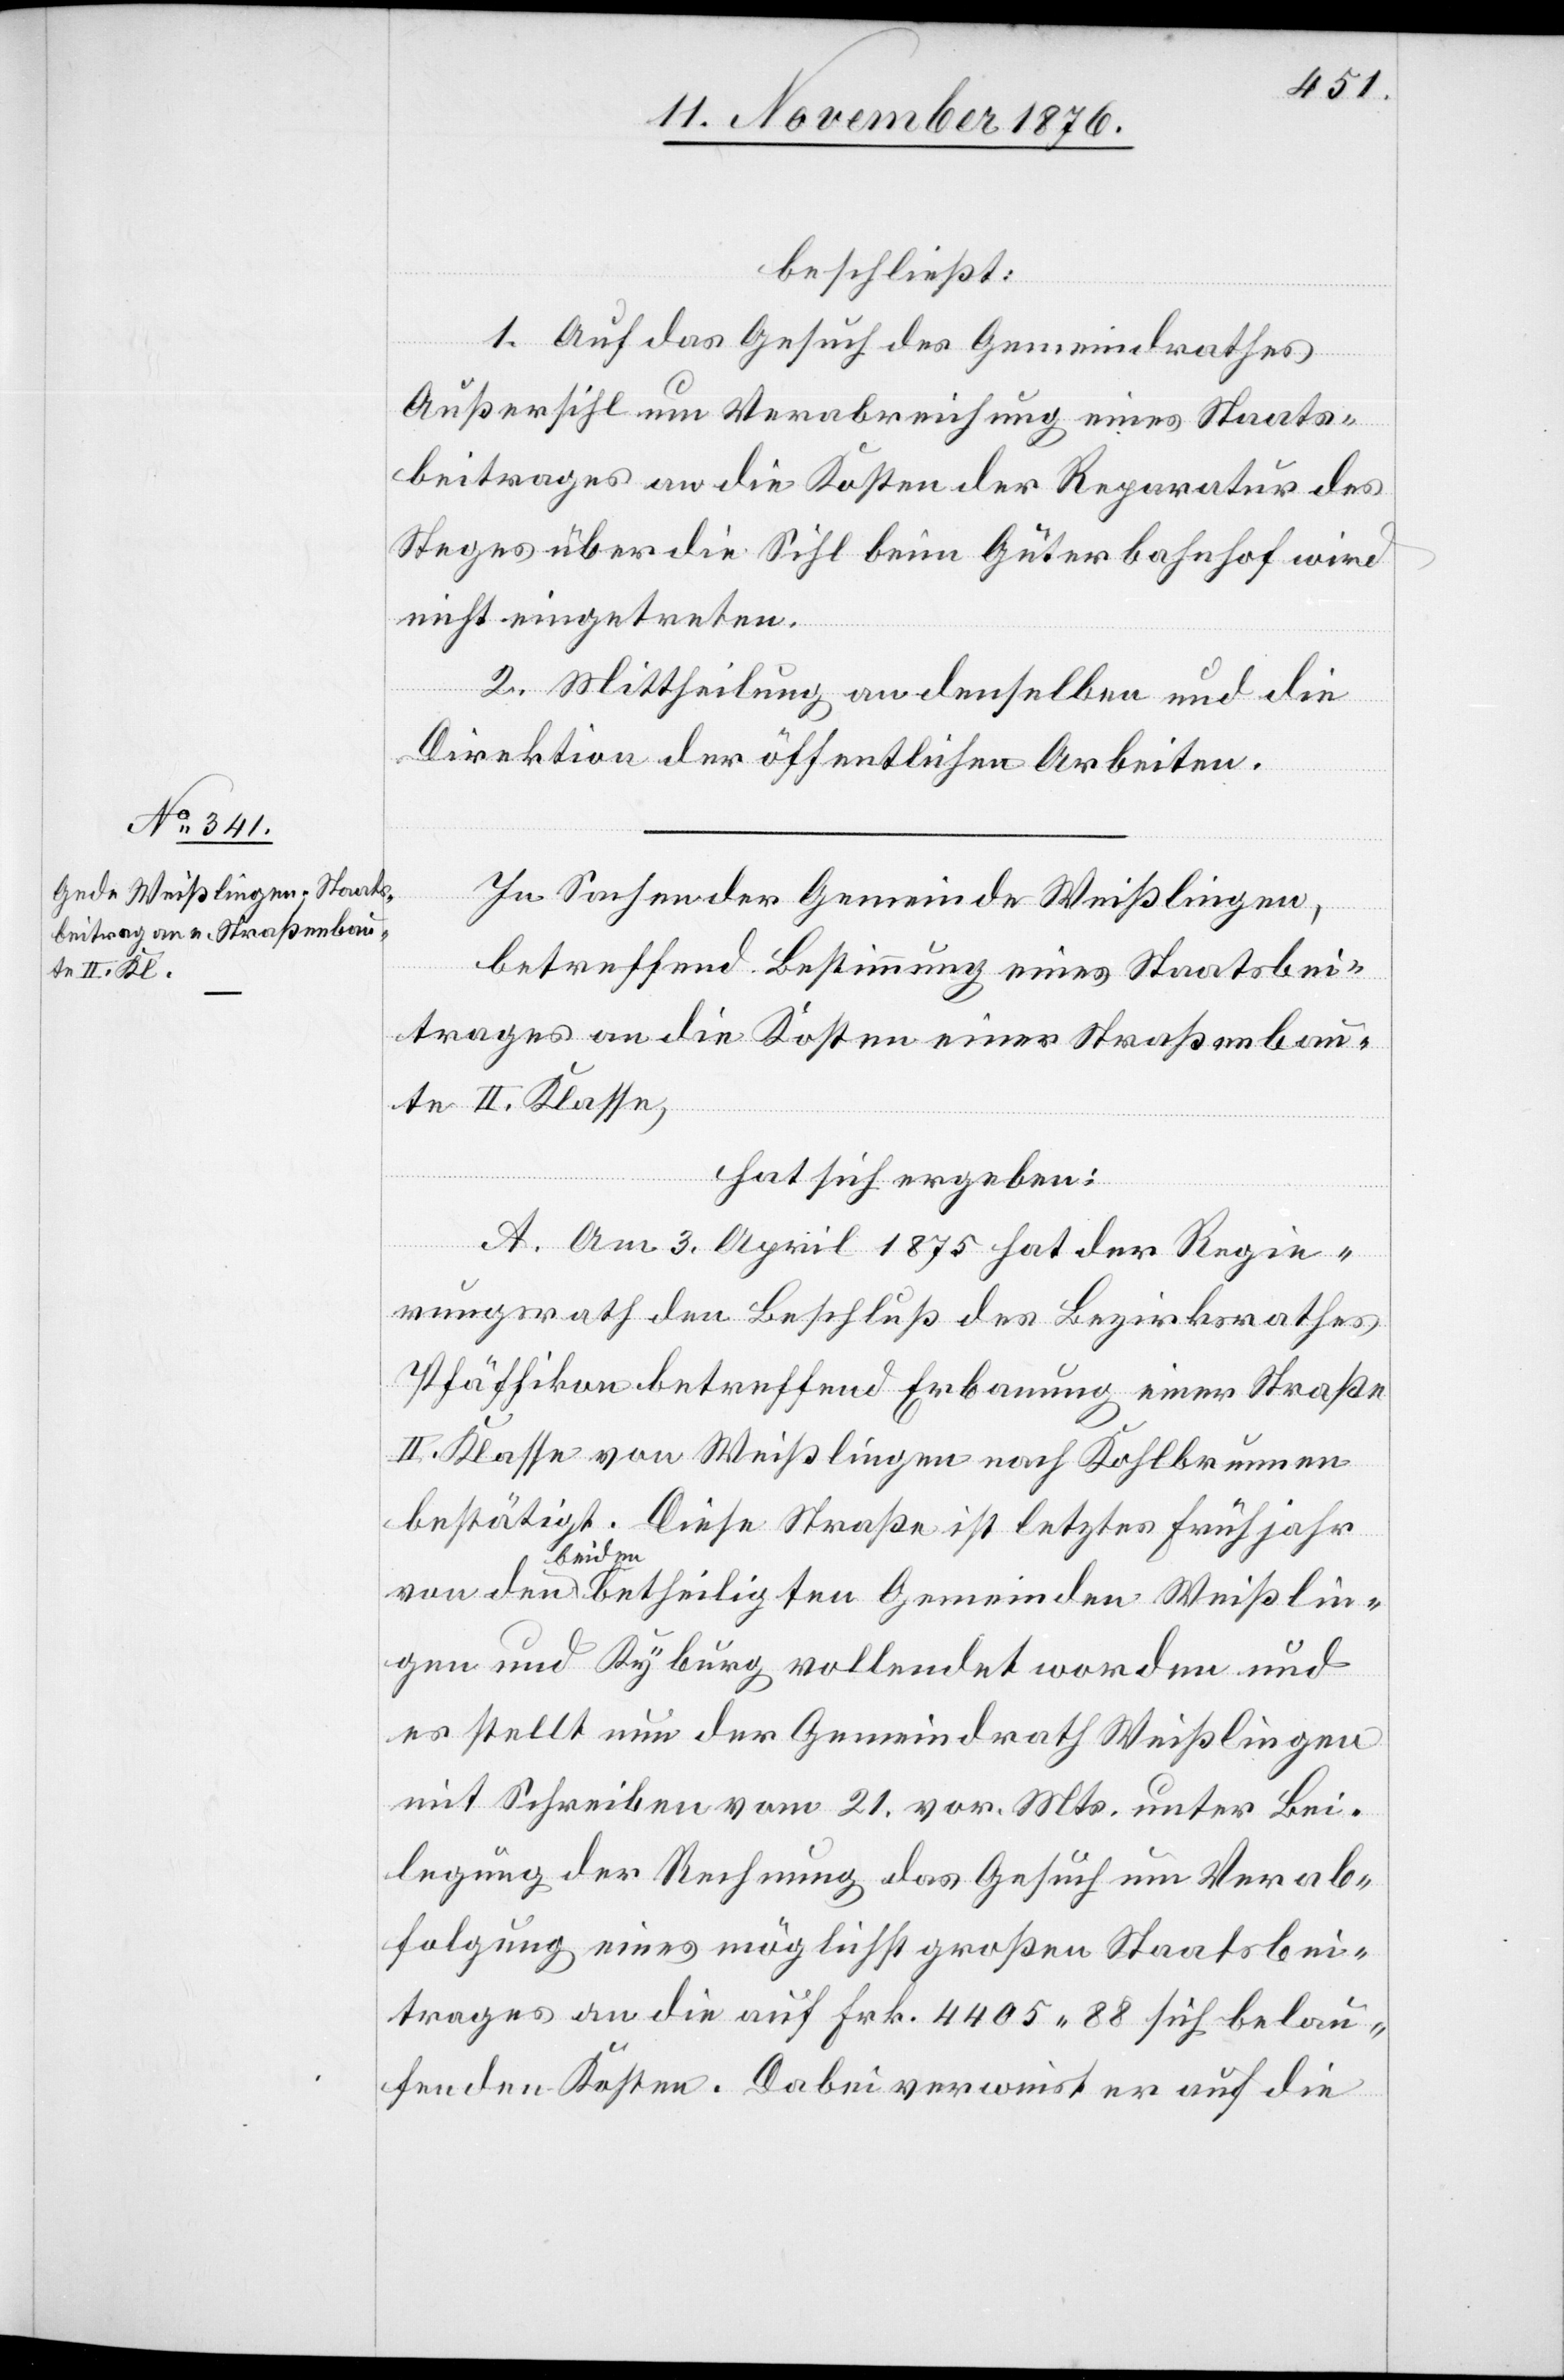
beschließt:
1. Auf das Gesuch des Gemeindrathes
Außersihl um Verabreichung eines Staats¬
beitrages an die Kosten der Reparatur des
Steges über die Sihl beim Güterbahnhof wird
nicht eingetreten.
2. Mittheilung an denselben und an die
Direktion der öffentlichen Arbeiten.
In Sachen der Gemeinde Weißlingen,
von den
betreffend Bestimmung eines Staatsbei¬
trages an die Kosten einer Straßenbau¬
te II. Klasse,
hat sich ergeben:
A. Am 3. April 1875 hat der Regie¬
rungsrath den Beschluß des Bezirksrathes
Pfäffikon betreffend Erbauung einer Straße
II. Klasse von Weißlingen nach Kohlbrunnen
bestätigt. Diese Straße ist letztes Frühjahr
beiden betheiligten Gemeinden Weißlin¬
gen und Kyburg vollendet worden und
es stellt nun der Gemeindrath Weißlingen
mit Schreiben vom 21. vor. Mts. unter Bei¬
legung der Rechnung das Gesuch um Verab¬
folgung eines möglichst großen Staatsbei¬
trages an die auf Frk. 4405 88 sich belau¬
fenden Kosten. Dabei verweist er auf die